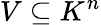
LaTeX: V\subseteq K^{n}